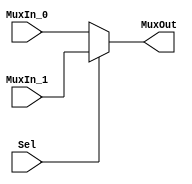
/******************************************************************************
 ** Logisim goes FPGA automatic generated Verilog code                       **
 **                                                                          **
 ** Component : Multiplexer_bus_2                                            **
 **                                                                          **
 ******************************************************************************/

`timescale 1ns/1ps
module Mux_2(
              MuxIn_0,
              MuxIn_1,
              Sel,
              MuxOut);

   /***************************************************************************
    ** Here all module parameters are defined with a dummy value             **
    ***************************************************************************/
   parameter NrOfBits = 32;


   /***************************************************************************
    ** Here the inputs are defined                                           **
    ***************************************************************************/
   input[NrOfBits-1:0]  MuxIn_0;
   input[NrOfBits-1:0]  MuxIn_1;
   input  Sel;

   /***************************************************************************
    ** Here the outputs are defined                                          **
    ***************************************************************************/
   output[NrOfBits-1:0] MuxOut;

   /***************************************************************************
    ** Here the internal registers are defined                               **
    ***************************************************************************/
   reg[NrOfBits-1:0] s_selected_vector;

   assign MuxOut = s_selected_vector;

   always @(*)
   begin
      case (Sel)
         1'b0:
            s_selected_vector <= MuxIn_0;
         default:
            s_selected_vector <= MuxIn_1;
      endcase
   end

endmodule